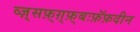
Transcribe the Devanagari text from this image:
व्ज़्सफ़्ग़्फ़्बःफ़ॅफ़दीन